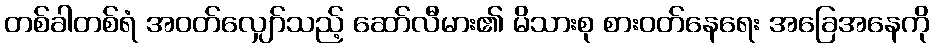
တစ်ခါတစ်ရံ အဝတ်လျှော်သည့် ဆော်လီမား၏ မိသားစု စားဝတ်နေရေး အခြေအနေကို